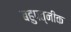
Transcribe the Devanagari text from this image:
बहुपत्‍नीक